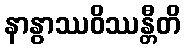
နာနွာဿဝိဿန္တီတိ